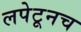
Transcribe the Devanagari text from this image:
लपेटूनच